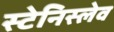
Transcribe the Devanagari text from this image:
स्टेनिस्लेव